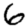
Digit: 6